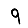
Digit: 9